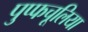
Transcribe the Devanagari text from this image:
पुप्फचूलिया